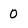
Character: 0